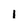
Character: 1